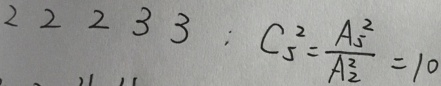
2 2 2 3 3 : C ^ { 2 } _ { 5 } = \frac { A ^ { 2 } _ { 5 } } { A ^ { 2 } _ { 2 } } = 1 0